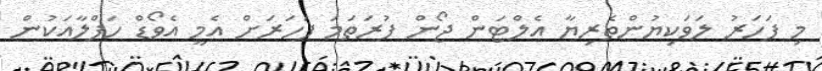
މި ފަހަރު ލަވަކިޔުންތެރިޔާ އެލްޓަން ޖޯން ފުރަތަމަ ފަހަރަށް އެމީ އެވޯޑް ހަފްލާއަކުން